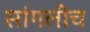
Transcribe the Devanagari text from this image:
सांगलीच